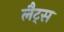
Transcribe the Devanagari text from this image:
लैट्स